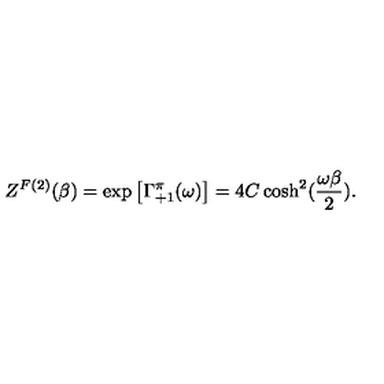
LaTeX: Z ^ { F ( 2 ) } ( \beta ) = \exp \left[ \Gamma _ { + 1 } ^ { \pi } ( \omega ) \right] = 4 C \cosh ^ { 2 } ( { \frac { \omega \beta } { 2 } } ) .